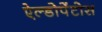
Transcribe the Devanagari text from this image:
ऐल्डोपेंटोस